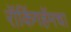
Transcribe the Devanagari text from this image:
रॉकिंगहॅमचा